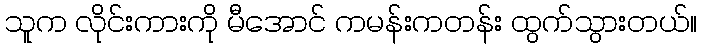
သူက လိုင်းကားကို မီအောင် ကမန်းကတန်း ထွက်သွားတယ်။